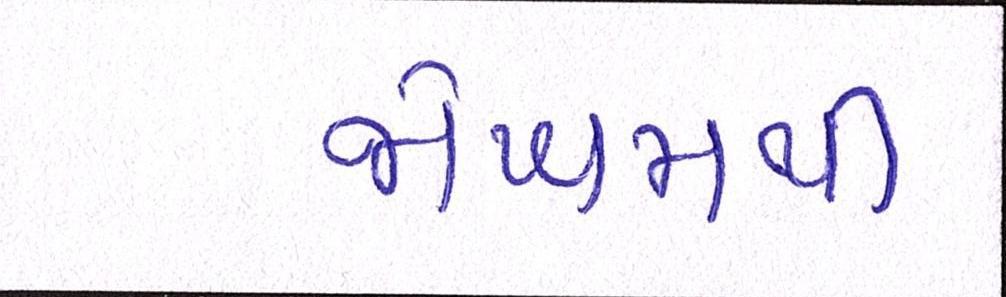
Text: જોખમથી